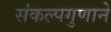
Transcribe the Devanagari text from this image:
संकल्पगुणाने